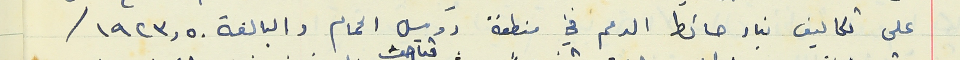
على تكاليف بناء حائط الدعم في منطقة رويس الحمام والبالغة ١٩٢٣,٥٠